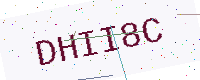
Text: DHII8C